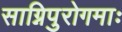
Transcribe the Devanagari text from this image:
साग्निपुरोगमाः